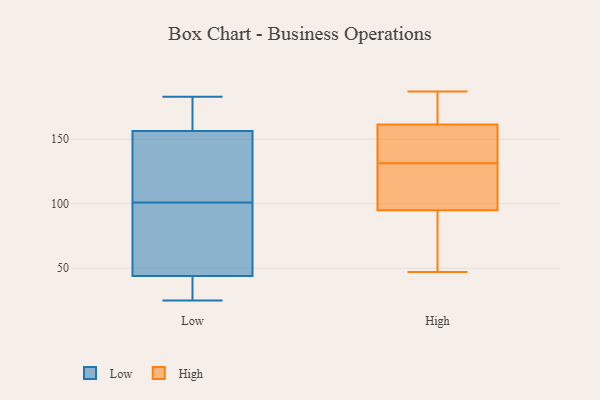
{"axis": {"x": "Shipments", "y": "Value"}, "legend": ["High", "Low"], "data": [{"x": "", "y": 152, "type": "Low"}, {"x": "", "y": 180, "type": "Low"}, {"x": "", "y": 41, "type": "Low"}, {"x": "", "y": 170, "type": "Low"}, {"x": "", "y": 140, "type": "Low"}, {"x": "", "y": 101, "type": "Low"}, {"x": "", "y": 25, "type": "Low"}, {"x": "", "y": 128, "type": "Low"}, {"x": "", "y": 183, "type": "Low"}, {"x": "", "y": 82, "type": "Low"}, {"x": "", "y": 45, "type": "Low"}, {"x": "", "y": 79, "type": "Low"}, {"x": "", "y": 35, "type": "Low"}, {"x": "", "y": 187, "type": "High"}, {"x": "", "y": 108, "type": "High"}, {"x": "", "y": 93, "type": "High"}, {"x": "", "y": 132, "type": "High"}, {"x": "", "y": 47, "type": "High"}, {"x": "", "y": 121, "type": "High"}, {"x": "", "y": 142, "type": "High"}, {"x": "", "y": 159, "type": "High"}, {"x": "", "y": 96, "type": "High"}, {"x": "", "y": 182, "type": "High"}, {"x": "", "y": 131, "type": "High"}, {"x": "", "y": 172, "type": "High"}, {"x": "", "y": 164, "type": "High"}, {"x": "", "y": 94, "type": "High"}, {"x": "", "y": 74, "type": "High"}, {"x": "", "y": 148, "type": "High"}]}